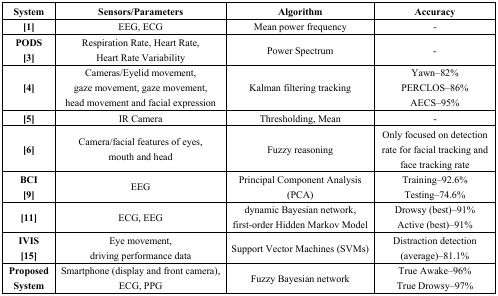
<table><thead><tr><td><b>System</b></td><td><b>Sensors/Parameters</b></td><td><b>Algorithm</b></td><td><b>Accuracy</b></td></tr></thead><tbody><tr><td><b>[1]</b></td><td>EEG, ECG</td><td>Mean power frequency</td><td>-</td></tr><tr><td><b>PODS [3]</b></td><td>Respiration Rate, Heart Rate, Heart Rate Variability</td><td>Power Spectrum</td><td>-</td></tr><tr><td><b>[4]</b></td><td>Cameras/Eyelid movement, gaze movement, gaze movement, head movement and facial expression</td><td>Kalman filtering tracking</td><td>Yawn–82%PERCLOS–86%AECS–95%</td></tr><tr><td><b>[5]</b></td><td>IR Camera</td><td>Thresholding, Mean</td><td>-</td></tr><tr><td><b>[6]</b></td><td>Camera/facial features of eyes, mouth and head</td><td>Fuzzy reasoning</td><td>Only focused on detection rate for facial tracking and face tracking rate</td></tr><tr><td><b>BCI [9]</b></td><td>EEG</td><td>Principal Component Analysis (PCA)</td><td>Training–92.6%Testing–74.6%</td></tr><tr><td><b>[11]</b></td><td>ECG, EEG</td><td>dynamic Bayesian network, first-order Hidden Markov Model</td><td>Drowsy (best)–91%Active (best)–91%</td></tr><tr><td><b>IVIS [15]</b></td><td>Eye movement, driving performance data</td><td>Support Vector Machines (SVMs)</td><td>Distraction detection (average)–81.1%</td></tr><tr><td><b>Proposed System</b></td><td>Smartphone (display and front camera), ECG, PPG</td><td>Fuzzy Bayesian network</td><td>True Awake–96%True Drowsy–97%</td></tr></tbody></table>